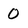
Character: 0